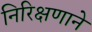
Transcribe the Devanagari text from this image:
निरिक्षणाने